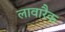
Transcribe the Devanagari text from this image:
लावारैक